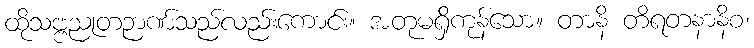
ထိုသဗ္ဗညုတဉာဏ်သည်လည်းကောင်း။ အတုမရှိကုန်သော။ တာနိ တိရတနာနိစ၊